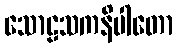
သောဠသကနိပါတော